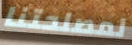
لمصلحتنا